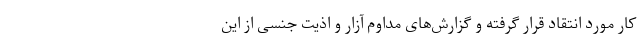
کار مورد انتقاد قرار گرفته و گزارش‌های مداوم آزار و اذیت جنسی از این